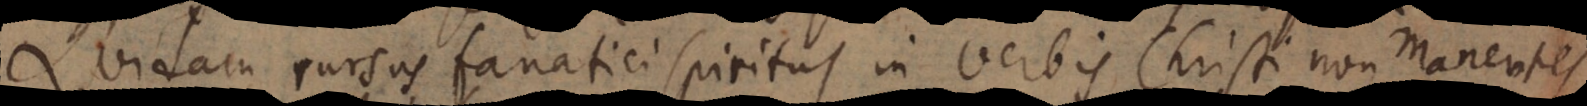
idam rursus fanatici spiritus in verbis Christi non manentes